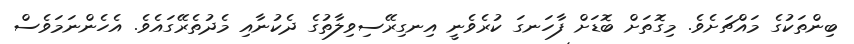
ބިންތަކުގެ މައްޗަށެވެ. މިގޮތަށް ބޮޑަށް ފާހަނގަ ކުރެވެނީ އިނގިރޭސިވިލާތުގެ ދެކުނާއި މެދުތެރޭގައެވެ. އެހެންނަމަވެސް